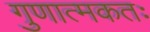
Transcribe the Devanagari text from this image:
गुणात्मकतः